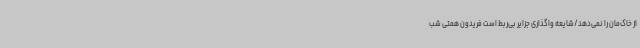
از خاک‌مان را نمی‌دهد/شایعه واگذاری جزایر بی‌ربط است فریدون همتی شب